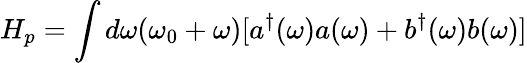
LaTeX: H_{p}=\int d\omega(\omega_{0}+\omega)[a^{\dagger}(\omega)a(\omega)+b^{\dagger}(\omega)b(\omega)]